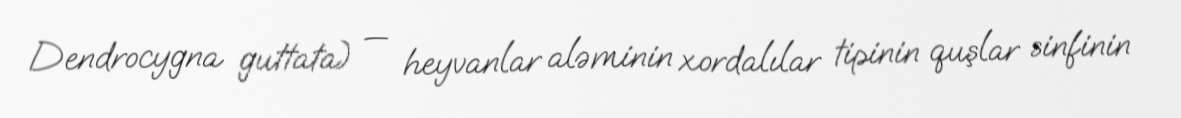
Dendrocygna guttata) — heyvanlar aləminin xordalılar tipinin quşlar sinfinin